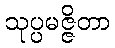
သုပ္ပမဇ္ဇိတာ